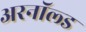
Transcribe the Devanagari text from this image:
अरनॉल्‍ड